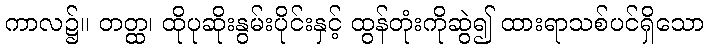
ကာလ၌။ တတ္ထ၊ ထိုပုဆိုးနွမ်းပိုင်းနှင့် ထွန်တုံးကိုဆွဲ၍ ထားရာသစ်ပင်ရှိသော